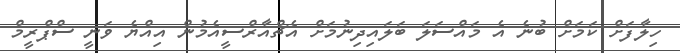
ހިލާފަށް ކަމަށް ބުނެ އެ މައްސަލަ ބަލައިދިނުމަށް އެޗްއާރްސީއެމުން އިއްޔެ ވަނީ ސްޕްރީމް